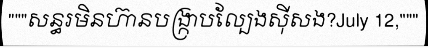
"""សន្ធរមិនហ៊ានបង្ក្រាបល្បែងស៊ីសង?July 12,"""